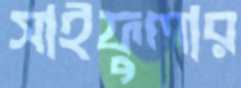
সাইফুলার